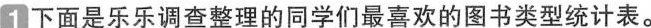
1下面是乐乐调查整理的同学们最喜欢的图书类型统计表。